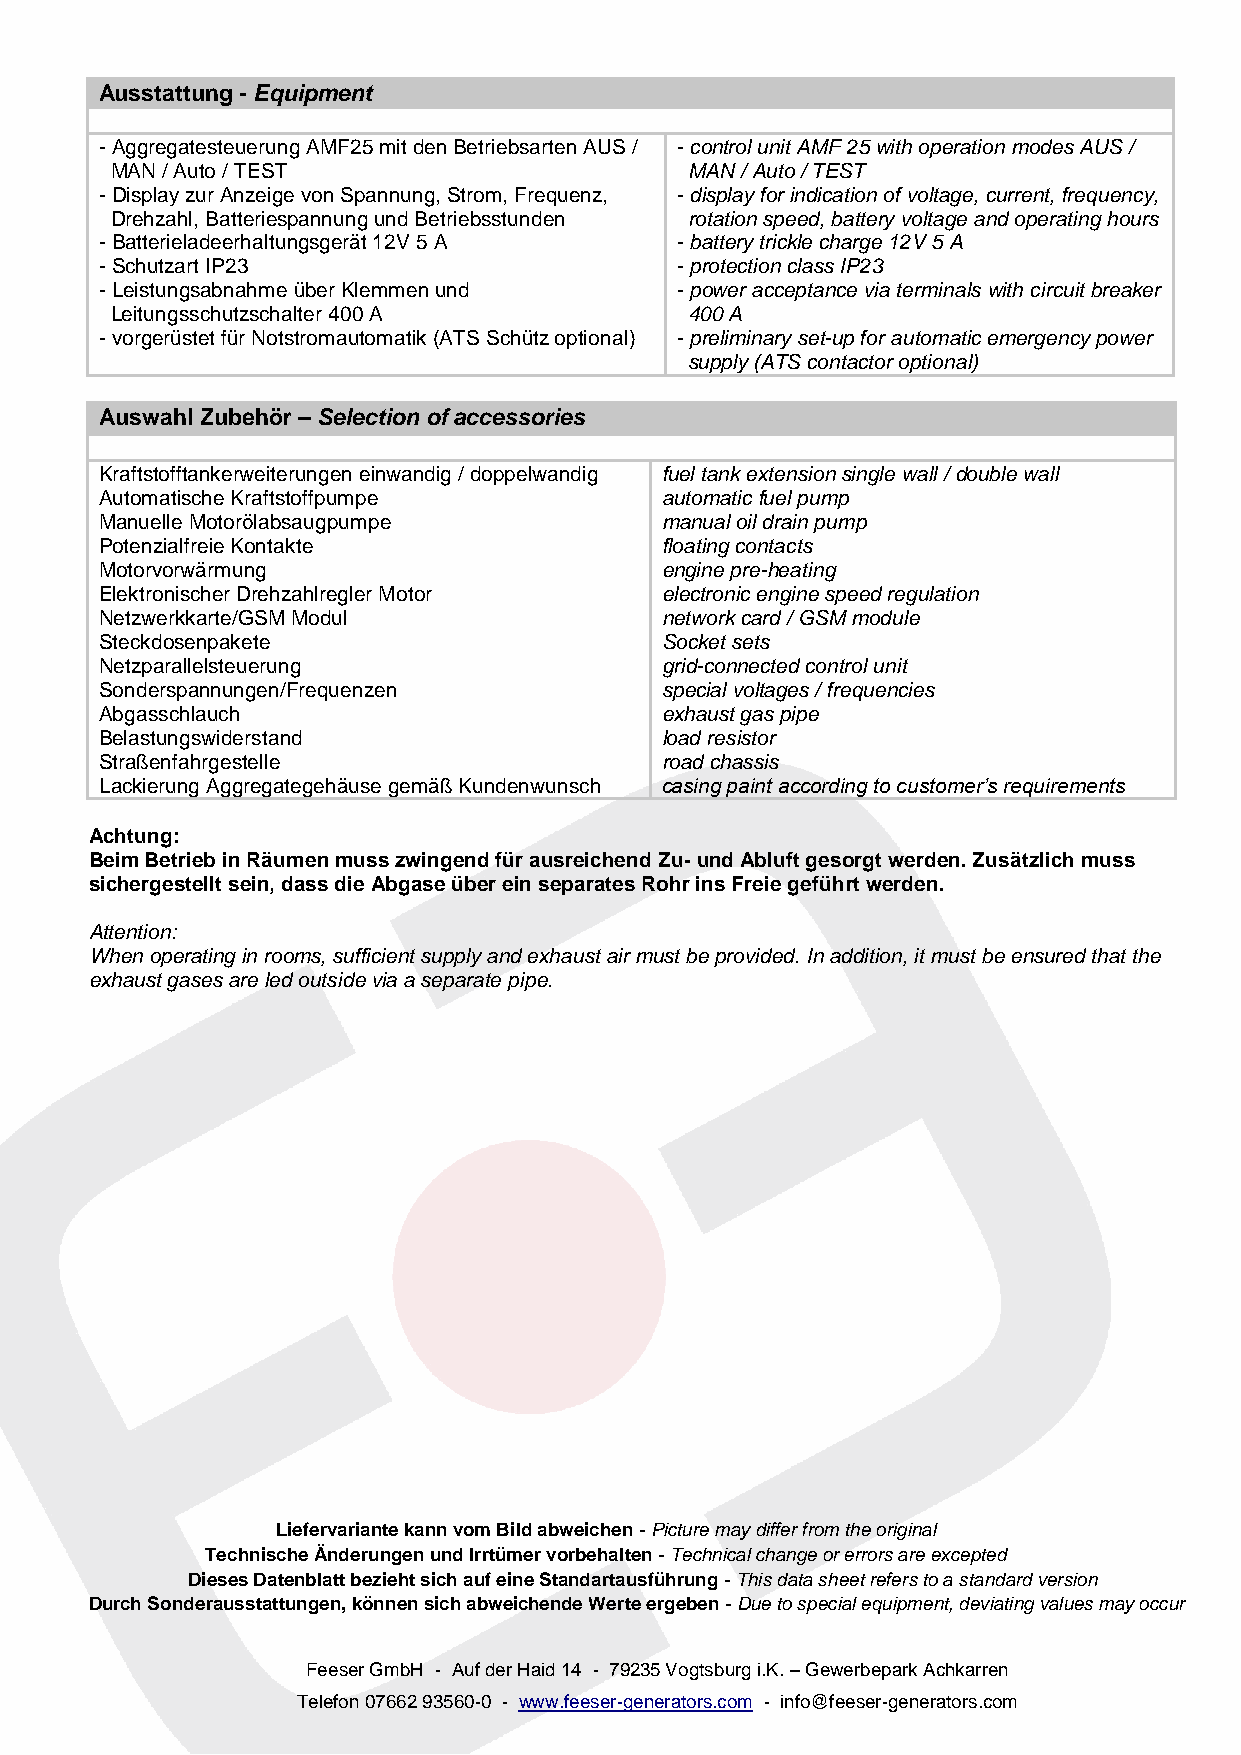
Ausstattung - Equipment
 - Aggregatesteuerung AMF25 mit den Betriebsarten AUS / - control unit AMF 25 with operation modes AUS /
 MAN / Auto / TEST                      MAN / Auto / TEST
 - Display zur Anzeige von Spannung, Strom, Frequenz, - display for indication of voltage, current, frequency,
 Drehzahl, Batteriespannung und Betriebsstunden rotation speed, battery voltage and operating hours
 - Batterieladeerhaltungsgerät 12V 5 A - battery trickle charge 12V 5 A
 - Schutzart IP23                      - protection class IP23
 - Leistungsabnahme über Klemmen und   - power acceptance via terminals with circuit breaker
 Leitungsschutzschalter 400 A           400 A
 - vorgerüstet für Notstromautomatik (ATS Schütz optional) - preliminary set-up for automatic emergency power
 supply (ATS contactor optional)
 Auswahl Zubehör – Selection of accessories
 Kraftstofftankerweiterungen einwandig / doppelwandig fuel tank extension single wall / double wall
 Automatische Kraftstoffpumpe         automatic fuel pump
 Manuelle Motorölabsaugpumpe          manual oil drain pump
 Potenzialfreie Kontakte              floating contacts
 Motorvorwärmung                      engine pre-heating
 Elektronischer Drehzahlregler Motor  electronic engine speed regulation
 Netzwerkkarte/GSM Modul              network card / GSM module
 Steckdosenpakete                     Socket sets
 Netzparallelsteuerung                grid-connected control unit
 Sonderspannungen/Frequenzen          special voltages / frequencies
 Abgasschlauch                        exhaust gas pipe
 Belastungswiderstand                 load resistor
 Straßenfahrgestelle                  road chassis
 Lackierung Aggregategehäuse gemäß Kundenwunsch casing paint according to customer’s requirements
 Achtung:
 Beim Betrieb in Räumen muss zwingend für ausreichend Zu- und Abluft gesorgt werden. Zusätzlich muss
 sichergestellt sein, dass die Abgase über ein separates Rohr ins Freie geführt werden.
 Attention:
 When operating in rooms, sufficient supply and exhaust air must be provided. In addition, it must be ensured that the
 exhaust gases are led outside via a separate pipe.
 Liefervariante kann vom Bild abweichen - Picture may differ from the original
 Technische Änderungen und Irrtümer vorbehalten - Technical change or errors are excepted
 Dieses Datenblatt bezieht sich auf eine Standartausführung - This data sheet refers to a standard version
 Durch Sonderausstattungen, können sich abweichende Werte ergeben - Due to special equipment, deviating values may occur
 Feeser GmbH - Auf der Haid 14 - 79235 Vogtsburg i.K. – Gewerbepark Achkarren
 Telefon 07662 93560-0 - www.feeser-generators.com - info@feeser-generators.com